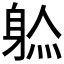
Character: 𲄞